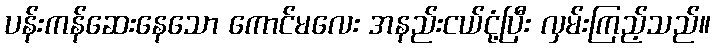
ပန်းကန်ဆေးနေသော ကောင်မလေး အနည်းငယ်ငုံ့ပြီး လှမ်းကြည့်သည်။